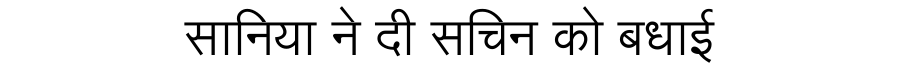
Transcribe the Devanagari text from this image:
सानिया ने दी सचिन को बधाई